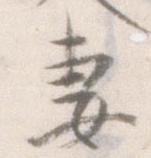
妻